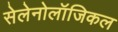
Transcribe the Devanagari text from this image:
सेलेनोलॉजिकल